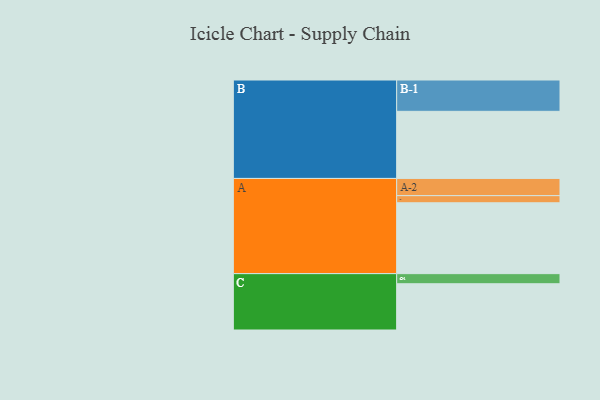
{"axis": {"x": "Segment", "y": "Value"}, "legend": ["", "A", "B", "C"], "data": [{"x": "A", "y": 527, "type": ""}, {"x": "B", "y": 499, "type": ""}, {"x": "C", "y": 344, "type": ""}, {"x": "A-1", "y": 53, "type": "A"}, {"x": "A-2", "y": 128, "type": "A"}, {"x": "B-1", "y": 233, "type": "B"}, {"x": "C-1", "y": 75, "type": "C"}]}